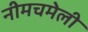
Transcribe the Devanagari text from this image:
नीमचमेली